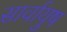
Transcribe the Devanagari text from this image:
सार्वायुष